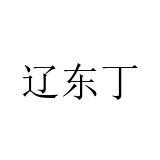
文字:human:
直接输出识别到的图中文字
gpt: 辽东丁